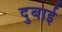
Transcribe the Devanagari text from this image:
दुबाई